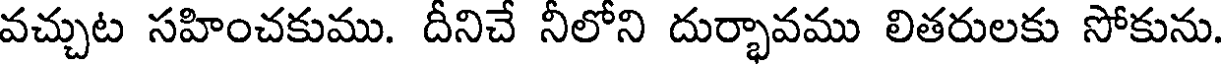
వచ్చుట సహించకుము. దీనిచే నీలోని దుర్భావము లితరులకు సోకును